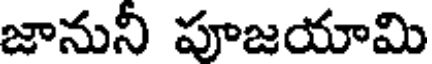
జానునీ పూజయామి